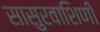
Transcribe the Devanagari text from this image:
सासुरवाशिणी